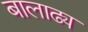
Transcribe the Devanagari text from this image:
बालाढ्य